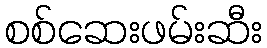
စစ်ဆေးဖမ်းဆီး